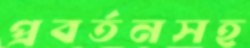
প্রবর্তনসহ